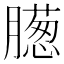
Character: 𣎨